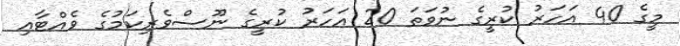
މީގެ 40 އަހަރު ކުރީގެ ނުވަތަ 20 އަހަރު ކުރީގެ ނޫސްވެރިކަމުގެ ވެއްޓާއި